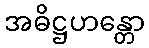
အဓိဋ္ဌဟန္တော